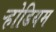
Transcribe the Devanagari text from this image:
ऱ्होडियम